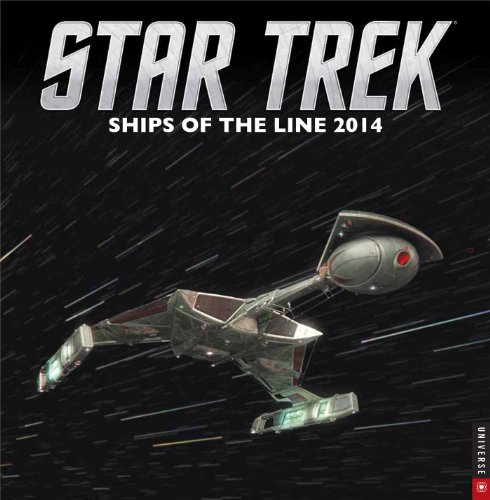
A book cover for Star Trek 2014 Wall Calendar: Ships of the Line; Cbs; Calendars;